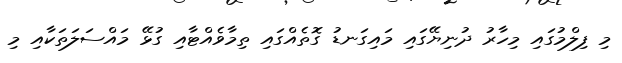
މި ފިލްމުގައި މިހާރު ދުނިޔޭގައި މައިގަނޑު ގޮތެއްގައި ތިމާވެއްޓާއި ގުޅޭ މައްސަލަތަކާއި މި